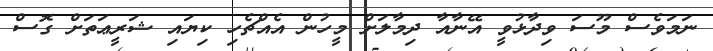
ނަމަވެސް މޫސަ ވިދާޅުވީ އޭނާއާ ދިމާލަށް މީހުން އެއްޗެހި ކިޔައި ޝަރީޢަތަށް ގޮސް